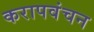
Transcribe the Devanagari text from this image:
करापवंचन